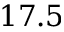
1 7 . 5